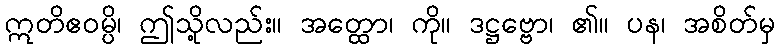
ဣတိဧဝမ္ပိ၊ ဤသို့လည်း။ အတ္ထော၊ ကို။ ဒဋ္ဌဗ္ဗော၊ ၏။ ပန၊ အစိတ်မှ